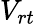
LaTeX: V_{rt}